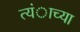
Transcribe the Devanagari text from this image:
त्यंाच्या